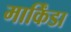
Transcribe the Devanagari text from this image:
मार्किंडा